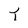
Character: T